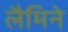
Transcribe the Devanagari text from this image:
लैमिने